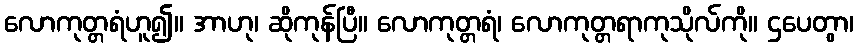
လောကုတ္တရံဟူ၍။ အာဟု၊ ဆိုကုန်ပြီ။ လောကုတ္တရံ၊ လောကုတ္တရာကုသိုလ်ကို။ ဌပေတွာ၊